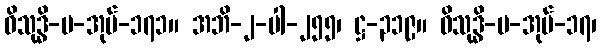
ဝိသုဒ္ဓိ-ပ-အုပ်-၁၇၁။ အဘိ-၂-ပါ-၂၅၅၊ ဋ္ဌ-၃၁၉။ ဝိသုဒ္ဓိ-ပ-အုပ်-၁၇၊